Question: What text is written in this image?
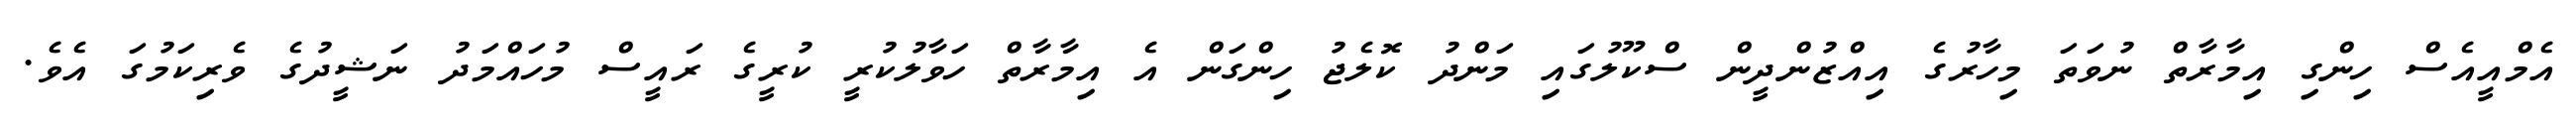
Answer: އެމްއީއެސް ހިންގި އިމާރާތް ނުވަތަ މިހާރުގެ އިއްޒުންދީން ސްކޫލުގައި މަންދު ކޮލެޖު ހިންގަން އެ އިމާރާތް ހަވާލުކުރީ ކުރީގެ ރައީސް މުހައްމަދު ނަޝީދުގެ ވެރިކަމުގަ އެވެ.